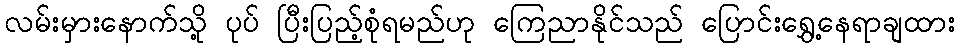
လမ်းမှားနောက်သို့ ပုပ် ပြီးပြည့်စုံရမည်ဟု ကြေညာနိုင်သည် ပြောင်းရွှေ့နေရာချထား